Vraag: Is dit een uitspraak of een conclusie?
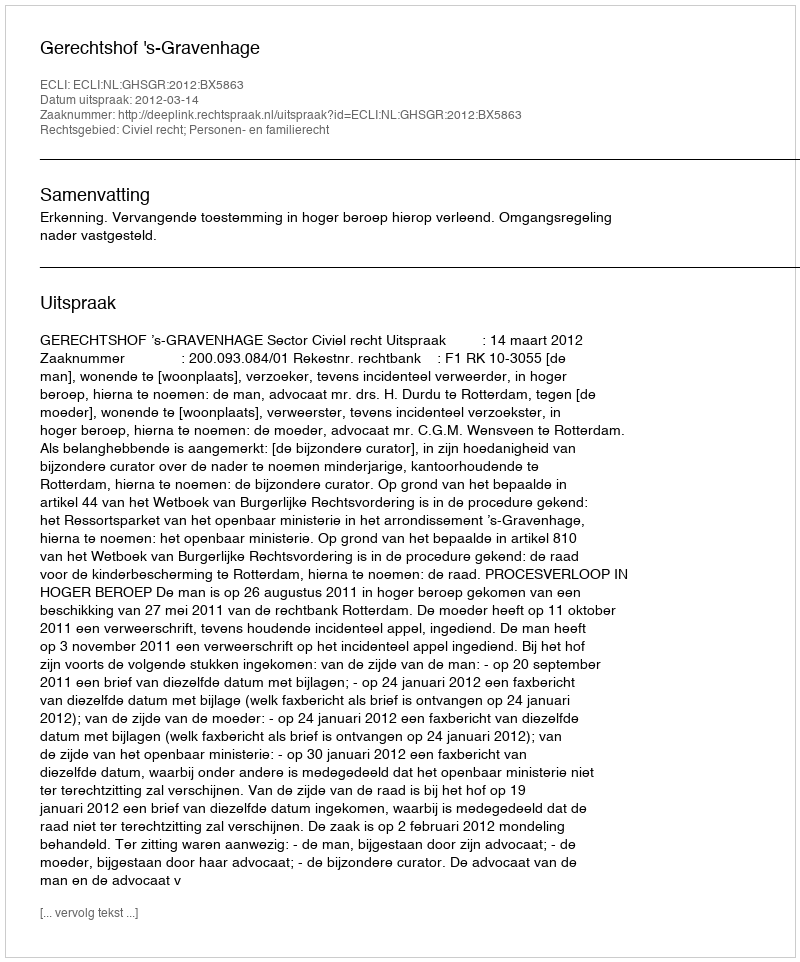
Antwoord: Uitspraak